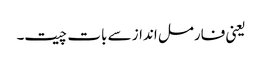
یعنی فارمل انداز سے بات چیت۔